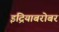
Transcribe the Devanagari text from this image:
इंद्रियाबरोबर